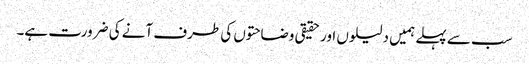
سب سے پہلے ہمیں دلیلوں اور حقیقی وضاحتوں کی طرف آنے کی ضرورت ہے۔